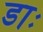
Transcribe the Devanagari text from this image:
डाः